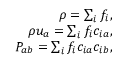
\begin{array} { r } { \rho = \sum _ { i } f _ { i } , } \\ { \rho u _ { a } = \sum _ { i } f _ { i } c _ { i a } , } \\ { P _ { a b } = \sum _ { i } f _ { i } c _ { i a } c _ { i b } , } \end{array}